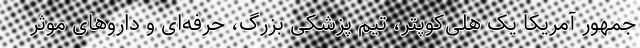
جمهور آمریکا یک هلی‌کوپتر، تیم پزشکی بزرگ، حرفه‌ای و داروهای موثر